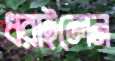
ধরাইলেন